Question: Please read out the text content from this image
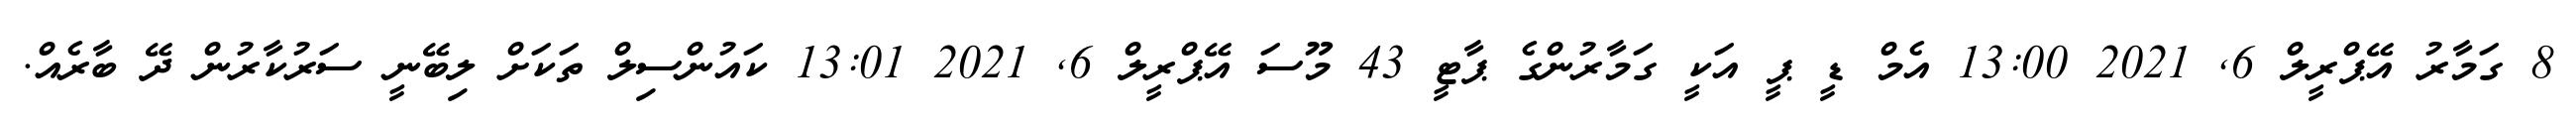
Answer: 8 ގަމާރު އޭޕްރީލް 6, 2021 13:00 އެމް ޑީ ޕީ އަކީ ގަމާރުންގެ ޕާޓީ 43 މޫސަ އޭޕްރީލް 6, 2021 13:01 ކައުންސިލް ތަކަށް ލިބޭނީ ސަރުކާރުން ދޭ ބާރެއް.